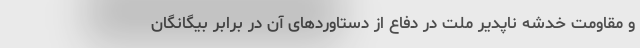
و مقاومت خدشه ناپدیر ملت در دفاع از دستاوردهای آن در برابر بیگانگان